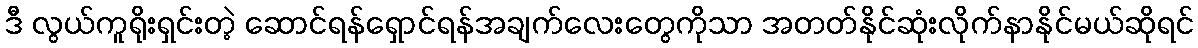
ဒီ လွယ်ကူရိုးရှင်းတဲ့ ဆောင်ရန်ရှောင်ရန်အချက်လေးတွေကိုသာ အတတ်နိုင်ဆုံးလိုက်နာနိုင်မယ်ဆိုရင်